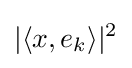
|\langle x,e_{k}\rangle |^{2}